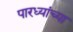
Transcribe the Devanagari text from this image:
पारध्यांच्या